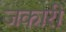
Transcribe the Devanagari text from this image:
जकारी